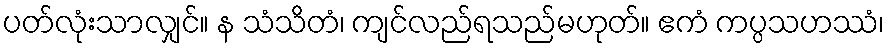
ပတ်လုံးသာလျှင်။ န သံသိတံ၊ ကျင်လည်ရသည်မဟုတ်။ ဧကံ ကပ္ပသဟဿံ၊